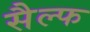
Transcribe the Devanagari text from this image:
सैल्फ